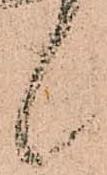
候